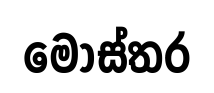
මොස්තර